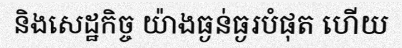
និងសេដ្ឋកិច្ច យ៉ាងធ្ងន់ធ្ងរបំផុត ហើយ